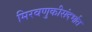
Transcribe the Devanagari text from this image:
मिरवणुकीसंदर्भात